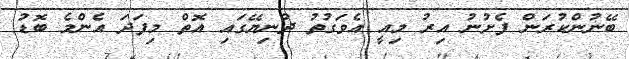
ބޭނުންކުރަން ފެށުނު އިރު މިއީ އެވަގުތު ދުނިޔޭގައި އޮތް މިފަދަ އެންމެ ބޮޑު